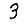
Digit: 3